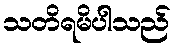
သတိရမိပါသည်